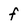
Character: f